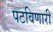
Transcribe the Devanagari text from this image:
पटविणारी